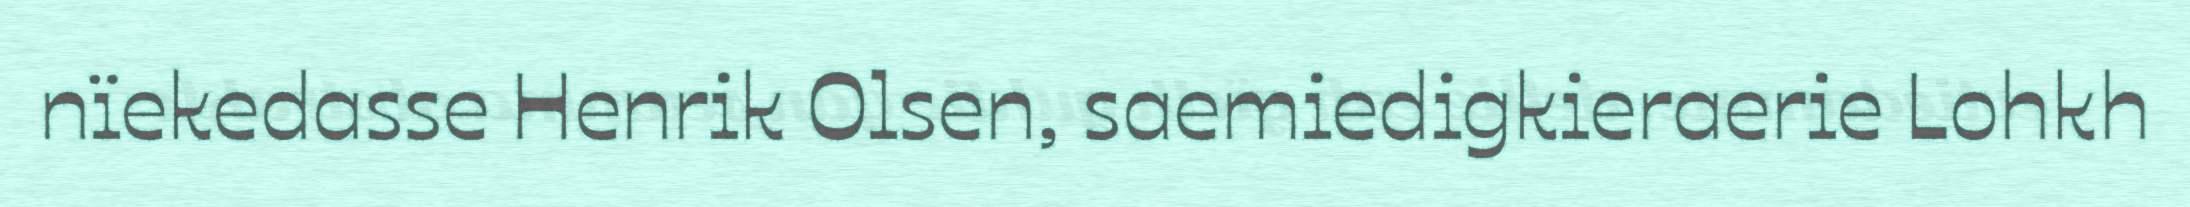
nïekedasse Henrik Olsen, saemiedigkieraerie Lohkh